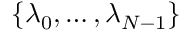
\{ \lambda _ { 0 } , \dots , \lambda _ { N - 1 } \}